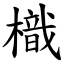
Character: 樴